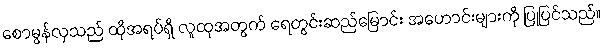
စောမွန်လှသည် ထိုအရပ်ရှိ လူထုအတွက် ရေတွင်းဆည်မြောင်း အဟောင်းများကို ပြုပြင်သည်။